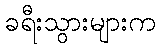
ခရီးသွားများက